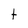
Character: t